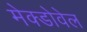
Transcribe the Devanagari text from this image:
मेक्डोवेल